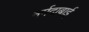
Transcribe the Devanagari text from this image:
नर्मदाबाई